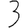
Digit: 3